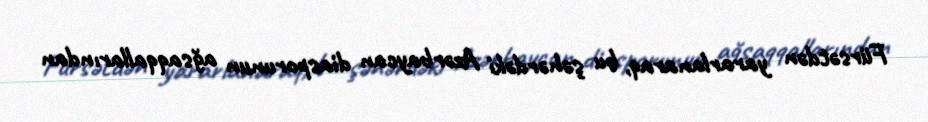
Fürsətdən yararlanaraq, bu şəhərdəki Azərbaycan diasporunun ağsaqqallarından